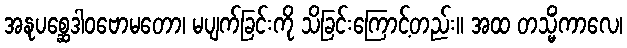
အနုပစ္ဆေဒါဝဗောမတော၊ မပျက်ခြင်းကို သိခြင်းကြောင့်တည်း။ အထ တသ္မိံကာလေ၊